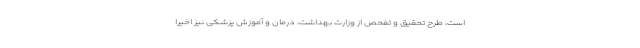
است، طرح تحقیق و تفحص از وزارت بهداشت، درمان و آموزش پزشکی نیز اخیرا